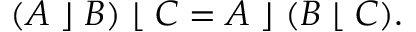
( A \; \rfloor \; B ) \; \lfloor \; C = A \; \rfloor \; ( B \; \lfloor \; C ) .